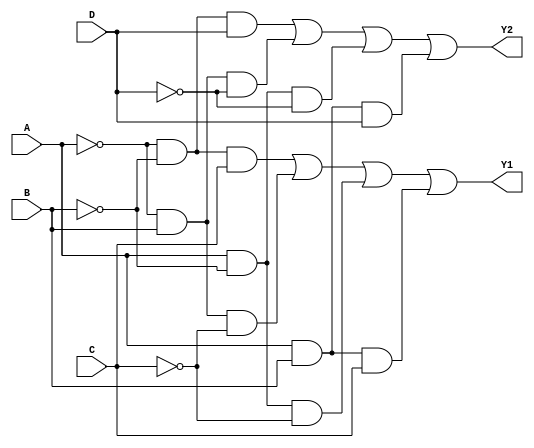
module combinational_logic_block (
    input wire A,    // Input A
    input wire B,    // Input B
    input wire C,    // Input C
    input wire D,    // Input D
    output wire Y1,  // Output Y1
    output wire Y2   // Output Y2
);

// Intermediate signals for simplification
wire A_not, B_not, C_not, D_not;

// Inverting inputs
not (A_not, A);
not (B_not, B);
not (C_not, C);
not (D_not, D);

// Logic for Y1
assign Y1 = (A_not & B_not & C) | (A_not & B & C_not) | (A & B_not & C_not) | (A & B & C);

// Logic for Y2
assign Y2 = (A_not & B_not & D) | (A_not & B & D_not) | (A & B_not & D_not) | (A & B & D);

// Testbench for verification
endmodule